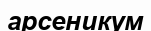
арсеникум